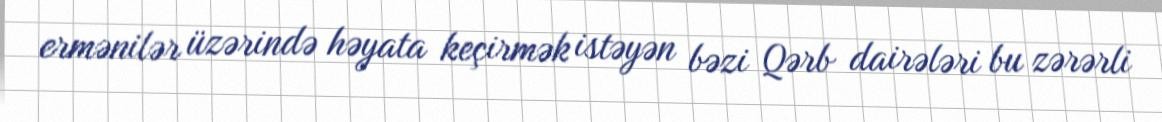
ermənilər üzərində həyata keçirmək istəyən bəzi Qərb dairələri bu zərərli